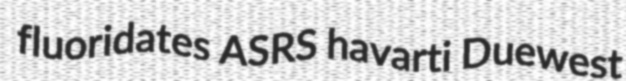
fluoridates ASRS havarti Duewest